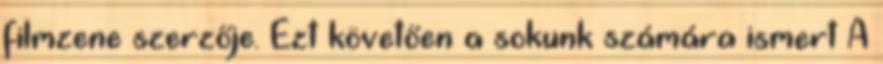
filmzene szerzője. Ezt követően a sokunk számára ismert A